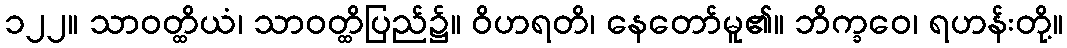
၁၂၂။ သာဝတ္ထိယံ၊ သာဝတ္ထိပြည်၌။ ဝိဟရတိ၊ နေတော်မူ၏။ ဘိက္ခဝေ၊ ရဟန်းတို့။